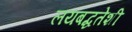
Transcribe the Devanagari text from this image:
लयबद्धतेशी